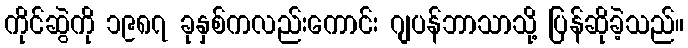
ကိုင်ဆွဲကို ၁၉၈၇ ခုနှစ်ကလည်းကောင်း ဂျပန်ဘာသာသို့ ပြန်ဆိုခဲ့သည်။